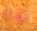
هيا